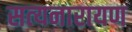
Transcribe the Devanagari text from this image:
सत्‍यनारायण